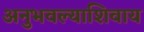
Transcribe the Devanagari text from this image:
अनुभवल्याशिवाय